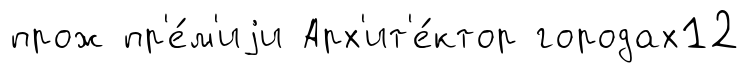
прож пр'е́м'иjи Арх'ит'е́ктор городах12